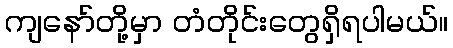
ကျနော်တို့မှာ တံတိုင်းတွေရှိရပါမယ်။